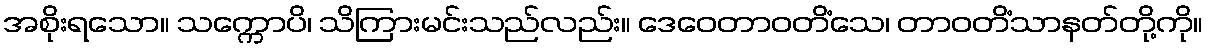
အစိုးရသော။ သက္ကောပိ၊ သိကြားမင်းသည်လည်း။ ဒေဝေတာဝတိံသေ၊ တာဝတိံသာနတ်တို့ကို။